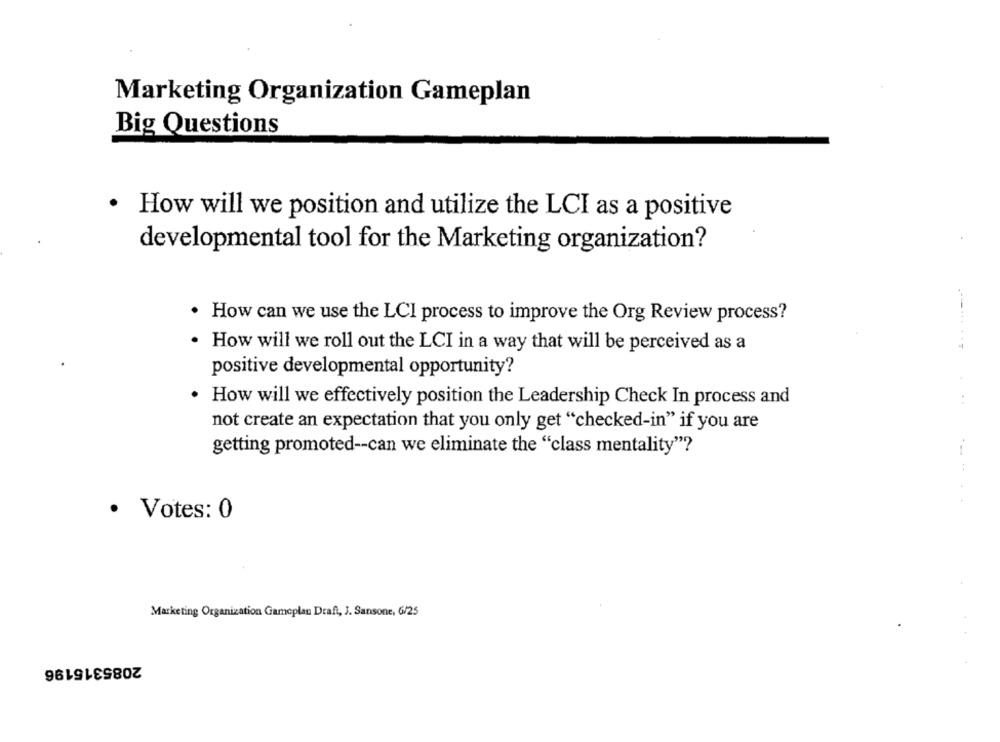
Marketing Organization Gameplan
Big Questions
· How will we position and utilize the LCI as a positive
developmental tool for the Marketing organization?
. How can we use the LCI process to improve the Org Review process?
· How will we roll out the LCI in a way that will be perceived as a
positive developmental opportunity?
.
How will we effectively position the Leadership Check In process and
...
not create an expectation that you only get "checked-in" if you are
getting promoted -- can we eliminate the "class mentality"?
· Votes: 0
Marketing Organization Gameplan Draft, J. Sansone, 6/25
2085315196